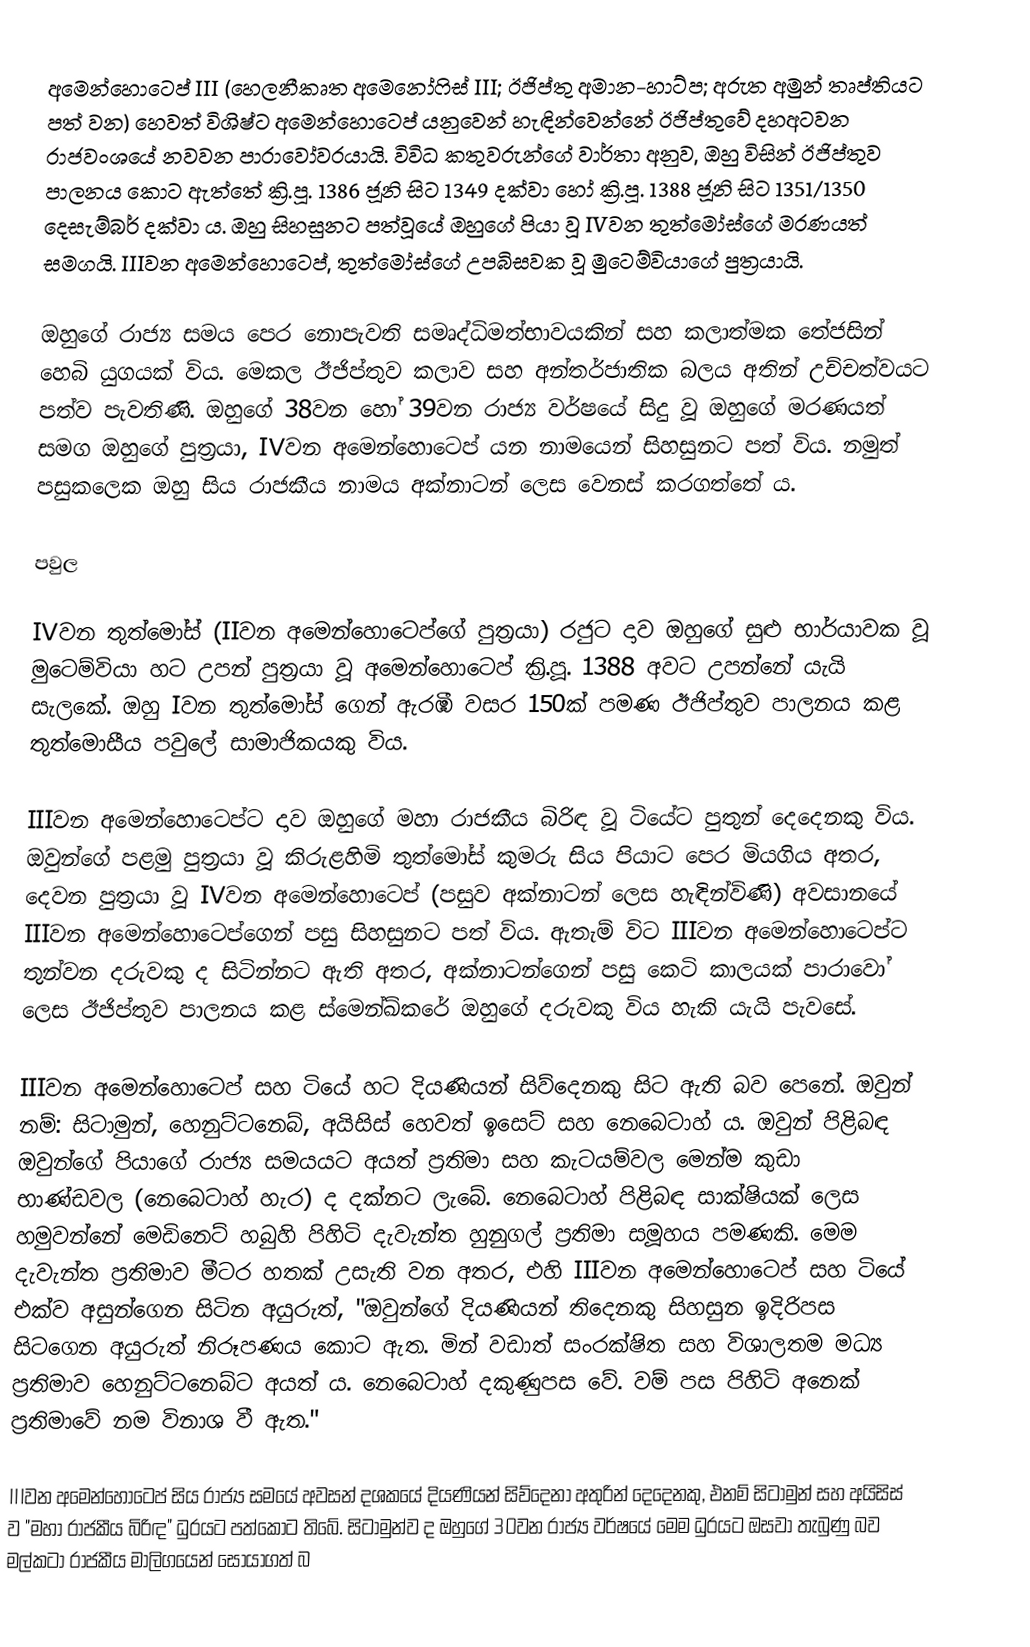
අමෙන්හොටෙප් III (හෙලනීකෘත අමෙනෝෆිස් III; ඊජිප්තු අමාන-හාට්ප; අරුත අමුන් තෘප්තියට පත් වන) හෙවත් විශිෂ්ට අමෙන්හොටෙප් යනුවෙන් හැඳින්වෙන්නේ ඊජිප්තුවේ දහඅටවන රාජවංශයේ නවවන පාරාවෝවරයායි. විවිධ කතුවරුන්ගේ වාර්තා අනුව, ඔහු විසින් ඊජිප්තුව පාලනය කොට ඇත්තේ ක්‍රි.පූ. 1386 ජූනි සිට 1349 දක්වා හෝ ක්‍රි.පූ. 1388 ජූනි සිට 1351/1350 දෙසැම්බර් දක්වා ය. ඔහු සිහසුනට පත්වූයේ ඔහුගේ පියා වූ IVවන තුත්මෝස්ගේ මරණයත් සමගයි. IIIවන අමෙන්හොටෙප්, තුත්මෝස්ගේ උපබිසවක වූ මුටෙම්වියාගේ පුත්‍රයායි.

ඔහුගේ රාජ්‍ය සමය පෙර‍ නොපැවති සමෘද්ධිමත්භාවයකින් සහ කලාත්මක තේජසින් හෙබි යුගයක් විය. මෙකල ඊජිප්තුව කලාව සහ අන්තර්ජාතික බලය අතින් උච්චත්වයට පත්ව පැවතිණි. ඔහුගේ 38වන හෝ 39වන රාජ්‍ය වර්ෂයේ සිදු වූ ඔහුගේ මරණයත් සමග ඔහුගේ පුත්‍රයා, IVවන අමෙන්හොටෙප් යන නාමයෙන් සිහසුනට පත් විය. නමුත් පසුකලෙක ඔහු සිය රාජකීය නාමය අක්නාටන් ලෙස වෙනස් කරගත්තේ ය.

පවුල

IVවන තුත්මෝස් (IIවන අමෙන්හොටෙප්ගේ පුත්‍රයා) රජුට දාව ඔහුගේ සුළු භාර්යාවක වූ මුටෙම්වියා හට උපන් පුත්‍රයා වූ අමෙන්හොටෙප් ක්‍රි.පූ. 1388 අවට උපන්නේ යැයි සැලකේ. ඔහු Iවන තුත්මෝස් ගෙන් ඇරඹී වසර 150ක් පමණ ඊජිප්තුව පාලනය කළ තුත්මොසීය පවුලේ සාමාජිකයකු විය.

IIIවන අමෙන්හොටෙප්ට දාව ඔහුගේ මහා රාජකීය බිරිඳ වූ ටියේට පුතුන් දෙදෙනකු විය. ඔවුන්ගේ පළමු පුත්‍රයා වූ කිරුළහිමි තුත්මෝස් කුමරු සිය පියාට පෙර මියගිය අතර, දෙවන පුත්‍රයා වූ IVවන අමෙන්හොටෙප් (පසුව අක්නාටන් ලෙස හැඳින්විණි) අවසානයේ IIIවන අමෙන්හොටෙප්ගෙන් පසු සිහසුනට පත් විය. ඇතැම් විට IIIවන අමෙන්හොටෙප්ට තුන්වන දරුවකු ද සිටින්නට ඇති අතර, අක්නාටන්ගෙන් පසු කෙටි කාලයක් පාරාවෝ ලෙස ඊජිප්තුව පාලනය කළ ස්මෙන්ඛ්කරේ ඔහුගේ දරුවකු විය හැකි යැයි පැවසේ.

IIIවන අමෙන්හොටෙප් සහ ටියේ හට දියණියන් සිව්දෙනකු සිට ඇති බව පෙනේ. ඔවුන් නම්: සිටාමුන්, හෙනුට්ටනෙබ්, අයිසිස් හෙවත් ඉසෙට් සහ නෙබෙටාහ් ය. ඔවුන් පිළිබඳ ඔවුන්ගේ පියාගේ රාජ්‍ය සමයයට අයත් ප්‍රතිමා සහ කැටයම්වල මෙන්ම කුඩා භාණ්ඩවල (නෙබෙටාහ් හැර) ද දක්නට ලැබේ. නෙබෙටාහ් පිළිබඳ සාක්ෂියක් ලෙස හමුවන්නේ මෙඩිනෙට් හබුහි පිහිටි දැවැන්ත හුනුගල් ප්‍රතිමා සමූහය පමණකි. මෙම දැවැන්ත ප්‍රතිමාව මීටර හතක් උසැති වන අතර, එහි IIIවන අමෙන්හොටෙප් සහ ටියේ එක්ව අසුන්ගෙන සිටින අයුරුත්, "ඔවුන්ගේ දියණියන් තිදෙනකු සිහසුන ඉදිරිපස සිටගෙන අයුරුත් නිරූපණය කොට ඇත. මින් වඩාත් සංරක්ෂිත සහ විශාලතම මධ්‍ය ප්‍රතිමාව හෙනුට්ටනෙබ්ට අයත් ය. නෙබෙටාහ් දකුණුපස වේ. වම් පස පිහිටි අනෙක් ප්‍රතිමාවේ නම විනාශ වී ඇත."

IIIවන අමෙන්හොටෙප් සිය රාජ්‍ය සමයේ අවසන් දශකයේ දියණියන් සිව්දෙනා අතුරින් දෙදෙනකු, එනම් සිටාමුන් සහ අයිසිස් ව "මහා රාජකීය බිරිඳ" ධුරයට පත්කොට තිබේ. සිටාමුන්ව ද ඔහුගේ 30වන රාජ්‍ය වර්ෂයේ මෙම ධුරයට ඔසවා තැබුණු බව මල්කටා රාජකීය මාලිගයෙන් සොයාගත් බ